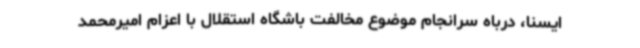
ایسنا، درباه سرانجام موضوع مخالفت باشگاه استقلال با اعزام امیرمحمد